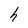
Character: h